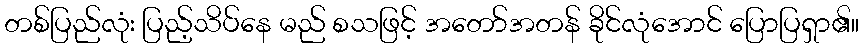
တစ်ပြည်လုံး ပြည့်သိပ်နေ မည် စသဖြင့် အတော်အတန် ခိုင်လုံအောင် ပြောပြရှာ၏။